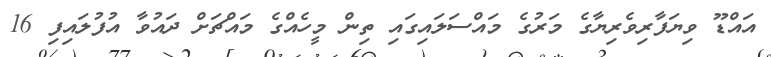
އައްޑޫ ވިޔަފާރިވެރިޔާގެ މަރުގެ މައްސަލައިގައި ތިން މީހެއްގެ މައްޗަށް ދައުވާ އުފުލައިފި 16